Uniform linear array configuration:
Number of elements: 24
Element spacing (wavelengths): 0.25
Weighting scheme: blackman
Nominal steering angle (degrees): -60
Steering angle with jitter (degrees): -61.349
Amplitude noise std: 0.05
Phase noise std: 0.05

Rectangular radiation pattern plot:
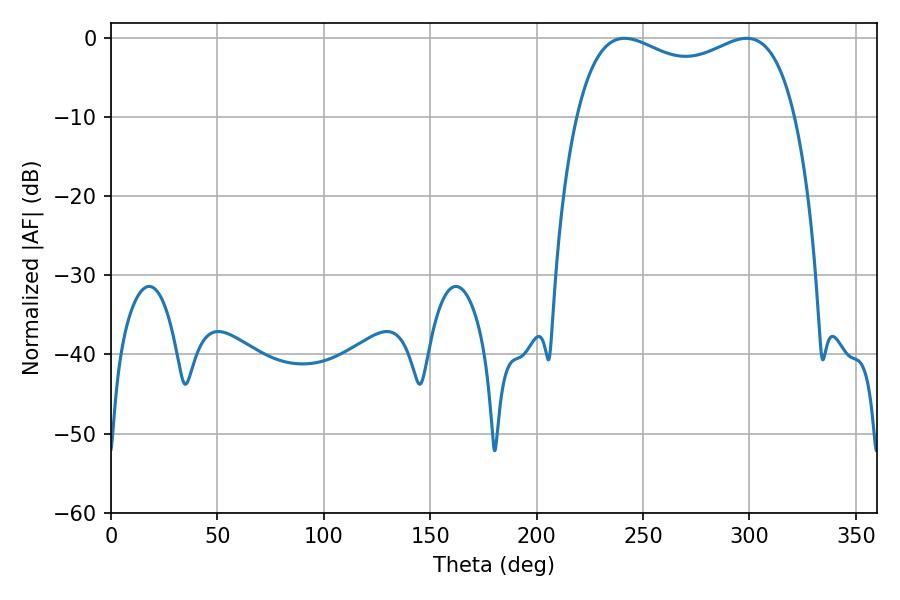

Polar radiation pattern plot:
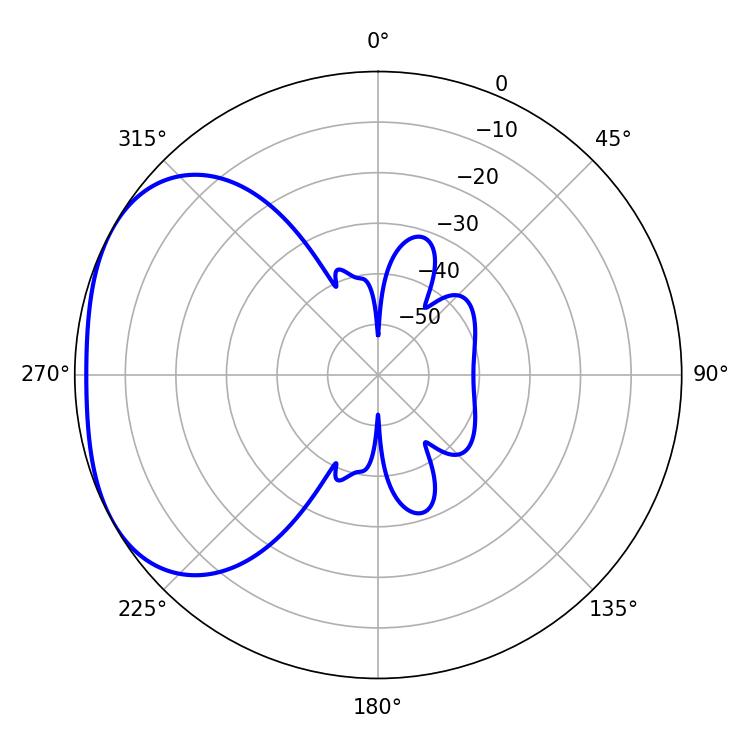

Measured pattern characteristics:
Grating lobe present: FALSE
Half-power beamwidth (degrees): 84.96
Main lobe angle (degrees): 241.38